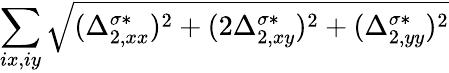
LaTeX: \sum_{ix,iy}\sqrt{(\Delta_{2,xx}^{\sigma*})^{2}+(2\Delta_{2,xy}^{\sigma*})^{2}+(\Delta_{2,yy}^{\sigma*})^{2}}